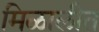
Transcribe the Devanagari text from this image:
मिळालीत